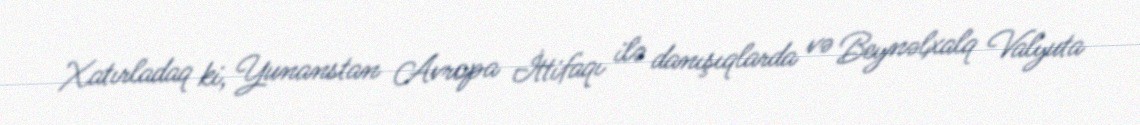
Xatırladaq ki, Yunanstan Avropa İttifaqı ilə danışıqlarda və Beynəlxalq Valyuta